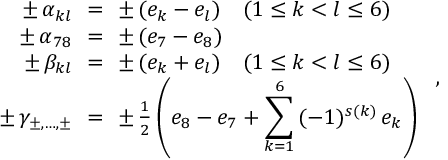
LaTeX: \begin{array} { r c l } { { \pm \, \alpha _ { k l } \! \! } } & { { = } } & { { \! \! \pm \, ( e _ { k } - e _ { l } ) \quad ( 1 \leq k < l \leq 6 ) } } \\ { { \pm \, \alpha _ { 7 8 } \! \! } } & { { = } } & { { \! \! \pm \, ( e _ { 7 } - e _ { 8 } ) } } \\ { { \pm \, \beta _ { k l } \! \! } } & { { = } } & { { \! \! \pm \, ( e _ { k } + e _ { l } ) \quad ( 1 \leq k < l \leq 6 ) } } \\ { { \pm \, \gamma _ { \pm , \dots , \pm } \! \! } } & { { = } } & { { \! \! \pm \, { \frac { 1 } { 2 } } \left( e _ { 8 } - e _ { 7 } + { \displaystyle { \sum _ { k = 1 } ^ { 6 } } } \, ( - 1 ) ^ { s ( k ) } \, e _ { k } \right) } } \end{array} ~ ,